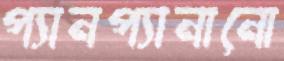
প্যানপ্যানানো